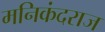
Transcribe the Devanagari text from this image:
मनिकंदराज